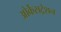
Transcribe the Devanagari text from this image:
ओर्केसट्रेशन